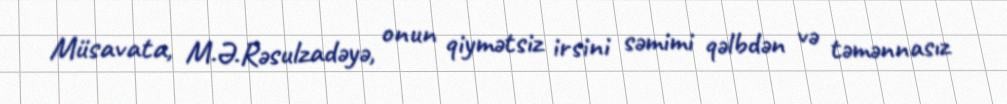
Müsavata, M.Ə.Rəsulzadəyə, onun qiymətsiz irsini səmimi qəlbdən və təmənnasız